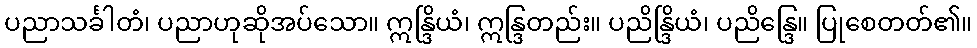
ပညာသင်္ခါတံ၊ ပညာဟုဆိုအပ်သော။ ဣန္ဒြိယံ၊ ဣန္ဒြတည်း။ ပညိန္ဒြိယံ၊ ပညိန္ဒြေ။ ပြုစေတတ်၏။